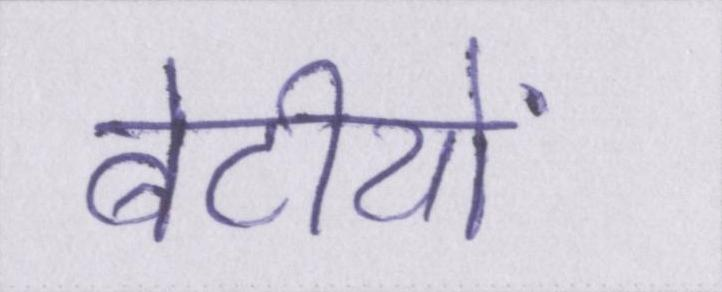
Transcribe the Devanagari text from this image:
बेटीयों